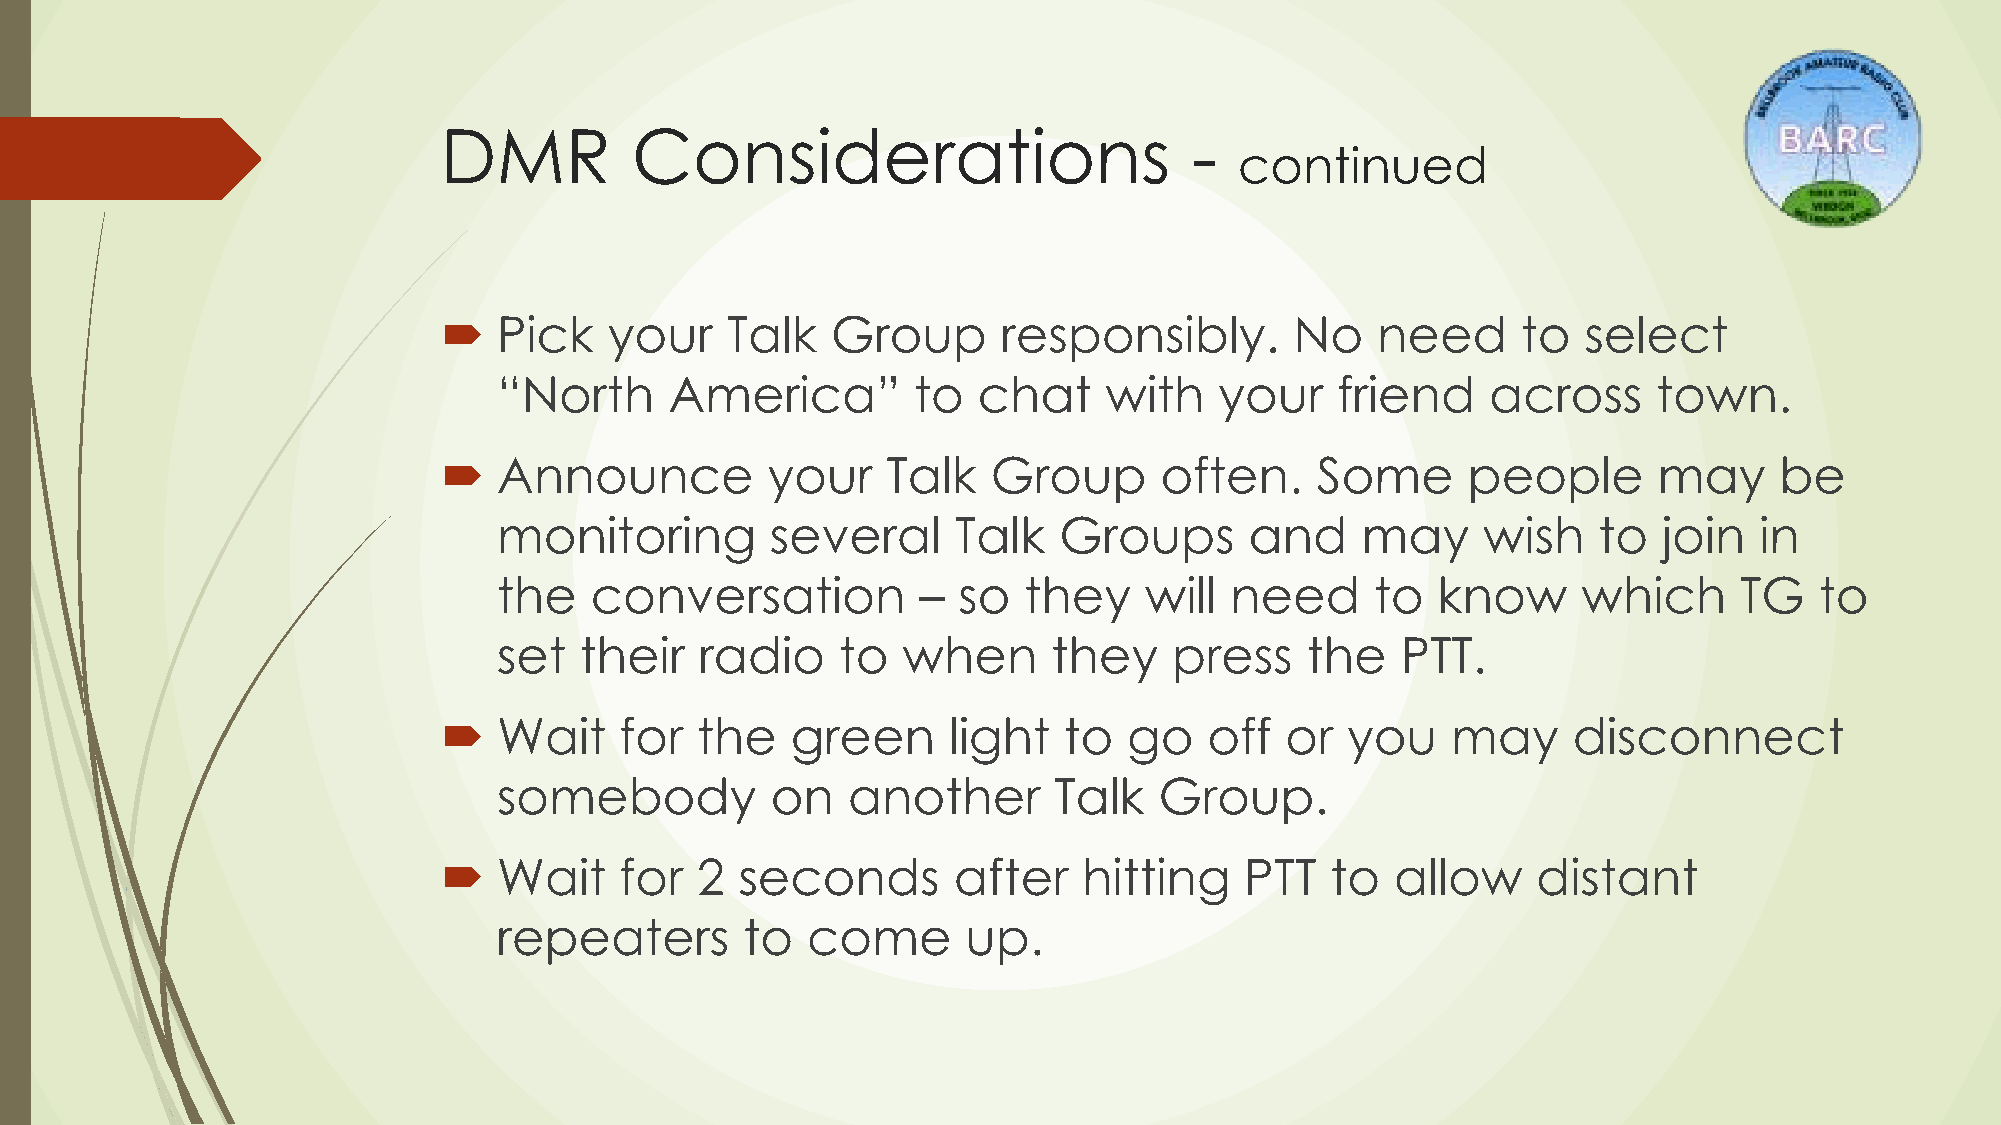
DMR          Considerations                       -
 continued
    Pick   your    Talk   Group      responsibly.        No   need      to  select
 “North     America”        to   chat    with    your   friend     across     town.
    Announce          your    Talk   Group      often.    Some      people       may     be
 monitoring        several     Talk   Groups       and    may     wish    to  join  in
 the   conversation          – so   they    will need      to  know      which     TG   to
 set  their   radio     to  when      they    press   the    PTT.
    Wait    for  the   green      light  to   go   off  or  you    may     disconnect
 somebody          on   another       Talk   Group.
    Wait    for  2  seconds       after    hitting   PTT   to  allow     distant
 repeaters       to  come       up.